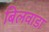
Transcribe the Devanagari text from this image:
बिलवाडा